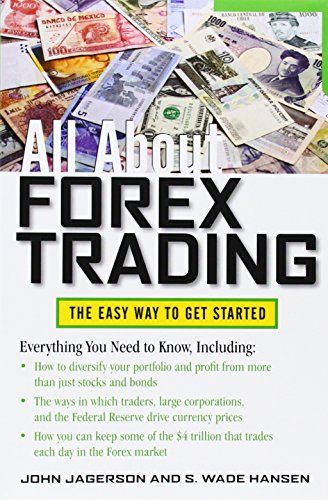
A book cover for All About Forex Trading (All About Series); John Jagerson; Business & Money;